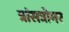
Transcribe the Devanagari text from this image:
त्रांसत्रोमर